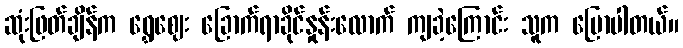
ဆုံးဖြတ်ချိန်က ရွှေဈေး ခြောက်ရာခိုင်နှုန်းလောက် ကျခဲ့ကြောင်း သူက ပြောပါတယ်။